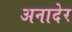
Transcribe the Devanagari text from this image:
अनादेर